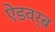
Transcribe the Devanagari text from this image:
ऐडवर्ब